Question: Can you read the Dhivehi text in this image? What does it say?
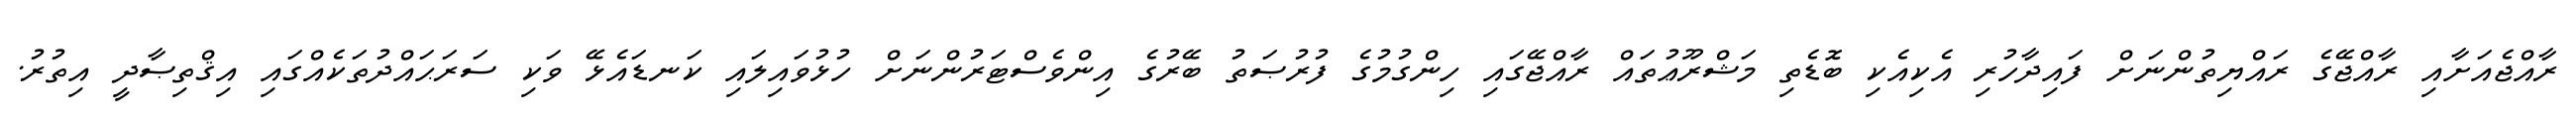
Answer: ރާއްޖެއަށާއި ރާއްޖޭގެ ރައްޔިތުންނަށް ފައިދާހުރި އެކިއެކި ބޮޑެތި މަޝްރޫޢުތައް ރާއްޖޭގައި ހިންގުމުގެ ފުރުޞަތު ބޭރުގެ އިންވެސްޓަރުންނަށް ހުޅުވައިލައި ކަނޑައެޅޭ ވަކި ސަރަޙައްދުތަކެއްގައި އިޤްތިޞާދީ އިތުރު.